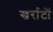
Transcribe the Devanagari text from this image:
खर्राटों